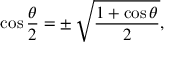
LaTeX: \cos { \frac { \theta } { 2 } } = \pm \, { \sqrt { \frac { 1 + \cos \theta } { 2 } } } ,